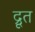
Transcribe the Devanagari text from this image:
द्रूत